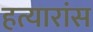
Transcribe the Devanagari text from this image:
हत्यारांस